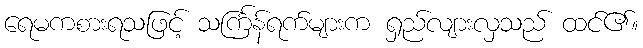
ရေမကစားရသဖြင့် သင်္ကြန်ရက်များက ရှည်လျားလှသည် ထင်၏။